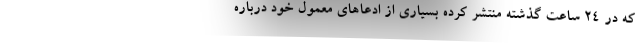
که در ۲۴ ساعت گذشته منتشر کرده بسیاری از ادعاهای معمول خود درباره